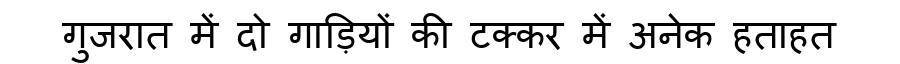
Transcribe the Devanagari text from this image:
गुजरात में दो गाड़ियों की टक्कर में अनेक हताहत